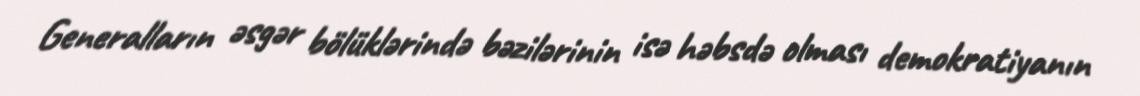
Generalların əsgər bölüklərində bəzilərinin isə həbsdə olması demokratiyanın